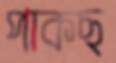
পাকছ